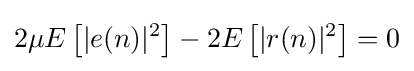
2\mu E\left[|e(n)|^{2}\right]-2E\left[|r(n)|^{2}\right]=0